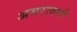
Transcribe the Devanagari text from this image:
अमरावली